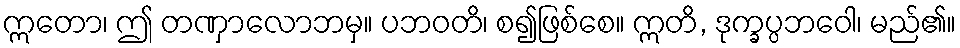
ဣတော၊ ဤ တဏှာလောဘမှ။ ပဘဝတိ၊ စ၍ဖြစ်စေ။ ဣတိ, ဒုက္ခပ္ပဘဝေါ၊ မည်၏။